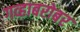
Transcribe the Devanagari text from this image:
गव्हाबरोबर